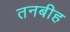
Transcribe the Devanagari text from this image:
तनबीह